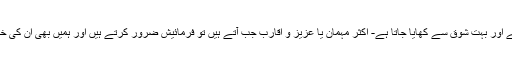
افغانی پلاؤ ہمارے ہاں اکثر تیار ہوتا ہے اور بہت شوق سے کھایا جاتا ہے- اکثر مہمان یا عزیز و اقارب جب آتے ہیں تو فرمائیش ضرور کرتے ہیں اور ہمیں بھی اُن کی خِدمت پر بہت خوشی محسوس ہوتی ہے۔